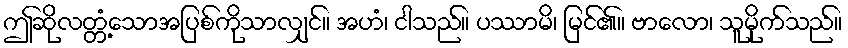
ဤဆိုလတ္တံ့သောအပြစ်ကိုသာလျှင်။ အဟံ၊ ငါသည်။ ပဿာမိ၊ မြင်၏။ ဗာလော၊ သူမိုက်သည်။